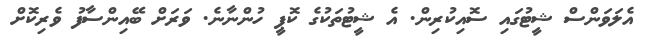
އެލަވަންސް ޝީޓުގައި ސޮއިކުރިން. އެ ޝީޓުތަކުގެ ކޮޕީ ހުންނާނެ. ވަރަށް ބޭއިންސާފު ވެރިކޮށް